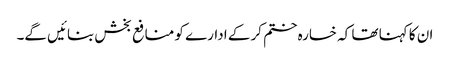
ان کا کہنا تھا کہ خسارہ ختم کر کے ادارے کو منافع بخش بنائیں گے۔